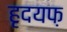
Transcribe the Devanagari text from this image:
हृदयफ़